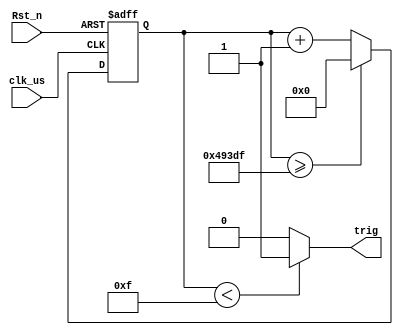

/*================================================*\
		  Filename seg_driver.v
			Author Adolph
	  Description  
		 Called by seg_top.v
Revision History    2022-5-30 14:27:22
		  			  Revision 1.0
  			  Emailadolph1354238998@gmail.com
			Company 
\*================================================*/

/*================================================*\
		  Filename 
			Author 
	  Description  
					300ms10us
		 Called by 
Revision History    mm/dd/202x
		  			  Revision 1.0
  			  Email 
			Company 
\*================================================*/
module 	hc_sr_trig(
	input  wire			clk_us	, //system clock 1MHz
	input  wire 		Rst_n	, //reset low valid
		   
	output wire  		trig	  //
);
//Parameter Declarations
	parameter CYCLE_MAX = 19'd300_000;

//Interrnal wire/reg declarations
	reg		[18:00]	cnt		; //Counter 
	wire			add_cnt ; //Counter Enable
	wire			end_cnt ; //Counter Reset 

//Logic Description	
	
	always @(posedge clk_us or negedge Rst_n)begin  
		if(!Rst_n)begin  
			cnt <= 'd0; 
		end  
		else if(add_cnt)begin  
			if(end_cnt)begin  
				cnt <= 'd0; 
			end  
			else begin  
				cnt <= cnt + 1'b1; 
			end  
		end  
		else begin  
			cnt <= cnt;  
		end  
	end 
	
	assign add_cnt = 1'b1; 
	assign end_cnt = add_cnt && cnt >= CYCLE_MAX - 9'd1; 
	
	assign trig = cnt < 15 ? 1'b1 : 1'b0;

endmodule 

/*================================================*\
		  Filename 
			Author 
	  Description  
					 2cm~510cm
						
		 Called by 
Revision History    mm/dd/202x
		  			  Revision 1.0
  			  Email 
			Company 
\*================================================*/
module 	hc_sr_echo(
	input  wire 		Clk		, //clock 50MHz
	input  wire			clk_us	, //system clock 1MHz
	input  wire 		Rst_n	, //reset low valid
		   
	input  wire 		echo	, //
	output wire [31:00]	data_o	  //3*1000
);
/* 		S(um) = 17 * t 		-->  x.abc cm	*/
//Parameter Declarations
	parameter T_MAX = 16'd60_000;//510cm 

//Interrnal wire/reg declarations
	reg				r1_echo,r2_echo; //	
	wire			echo_pos,echo_neg; //
	
	reg		[15:00]	cnt		; //Counter 
	wire			add_cnt ; //Counter Enable
	wire			end_cnt ; //Counter Reset 
	
	reg		[31:00]	data_r	;
//Logic Description
	//clk_us 2us
	always @(posedge Clk or negedge Rst_n)begin  
		if(!Rst_n)begin  
			r1_echo <= 1'b0;
			r2_echo <= 1'b0;
		end  
		else begin  
			r1_echo <= echo;
			r2_echo <= r1_echo;
		end  
	end
	
	assign echo_pos = r1_echo & ~r2_echo;
	assign echo_neg = ~r1_echo & r2_echo;
	
	
	always @(posedge clk_us or negedge Rst_n)begin  
		if(!Rst_n)begin  
			cnt <= 'd0; 
		end 
		else if(add_cnt)begin  
			if(end_cnt)begin  
				cnt <= cnt; 
			end  
			else begin  
				cnt <= cnt + 1'b1; 
			end  
		end  
		else begin  //echo  
			cnt <= 'd0;  
		end  
	end 
	
	assign add_cnt = echo; 
	assign end_cnt = add_cnt && cnt >= T_MAX - 1; //
	
	always @(posedge Clk or negedge Rst_n)begin  
		if(!Rst_n)begin  
			data_r <= 'd2;
		end  
		else if(echo_neg)begin  
			data_r <= (cnt << 4) + cnt;
		end  
		else begin  
			data_r <= data_r;
		end  
	end //always end
	
	assign data_o = data_r >> 1;

endmodule 
/*================================================*\
		  Filename 
			Author 
	  Description  1us
		 Called by 
Revision History    mm/dd/202x
		  			  Revision 1.0
  			  Email 
			Company 
\*================================================*/
module 	clk_div(
	input  wire			Clk		, //system clock 50MHz
	input  wire 		Rst_n	, //reset low valid
		   
	output wire  		clk_us 	  //
);
//Parameter Declarations
	parameter CNT_MAX = 19'd50;//1us 50 * Tclk20ns

//Interrnal wire/reg declarations
	reg		[5:00]	cnt		; //Counter 
	wire			add_cnt ; //Counter Enable
	wire			end_cnt ; //Counter Reset 
	
//Logic Description
	
	always @(posedge Clk or negedge Rst_n)begin  
		if(!Rst_n)begin  
			cnt <= 'd0; 
		end  
		else if(add_cnt)begin  
			if(end_cnt)begin  
				cnt <= 'd0; 
			end  
			else begin  
				cnt <= cnt + 1'b1; 
			end  
		end  
		else begin  
			cnt <= cnt;  
		end  
	end 
	
	assign add_cnt = 1'b1; 
	assign end_cnt = add_cnt && cnt >= CNT_MAX - 19'd1;
	
	assign clk_us = end_cnt;
	

endmodule